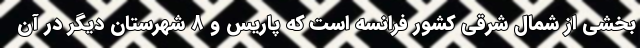
بخشی از شمال شرقی کشور فرانسه است که پاریس و 8 شهرستان دیگر در آن